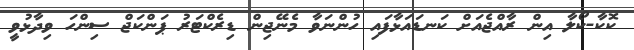
ކޮކާ-ކޯލާ އިން ރާއްޖެއަށް ކަނޑައަޅާފައި ހުންނަވާ މެނޭޖިން ޑިރެކްޓަރު ޕަންކަޖް ސިންހަ ވިދާޅުވީ